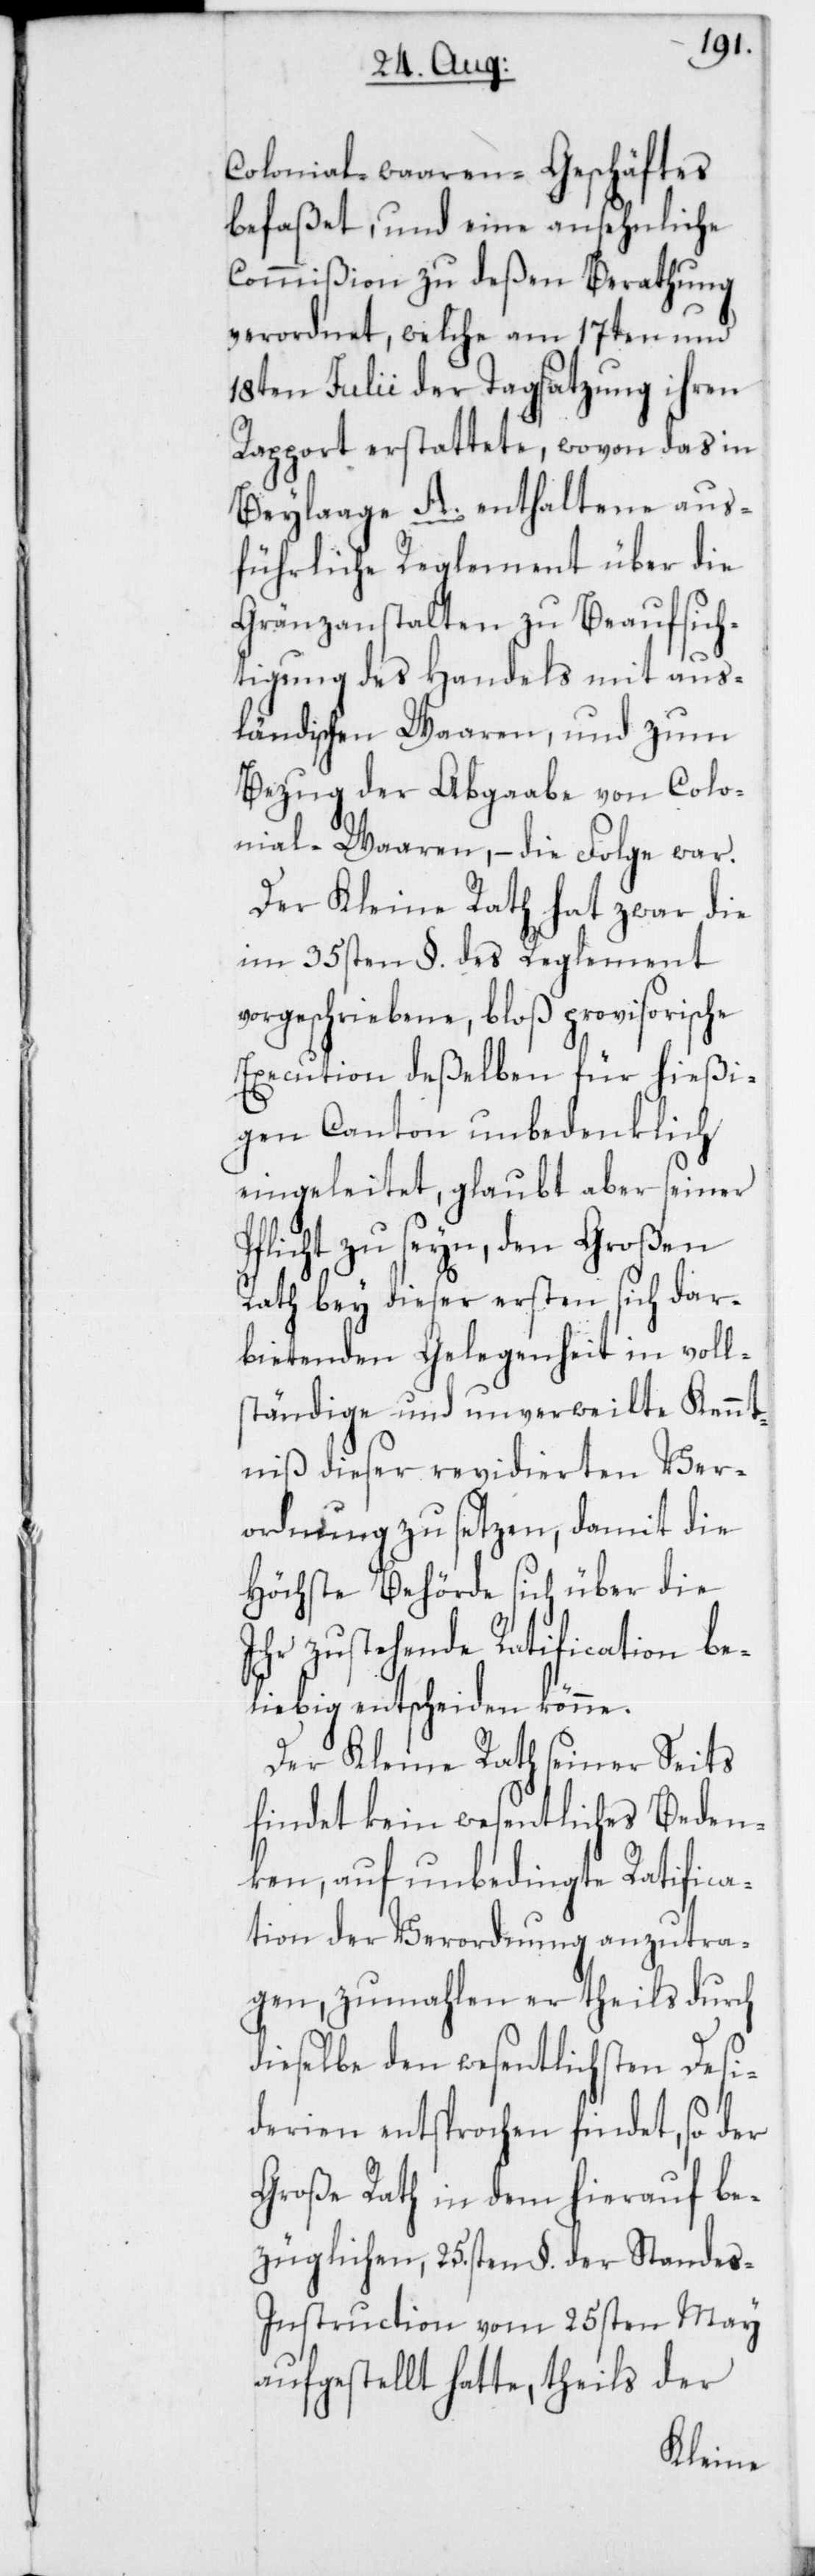
Colonial-waaren-Geschäftes
befaßt, und eine ansehnliche
Commißion zu deßen Berathung
verordnet, welche am 17ten und
18ten Julii der Tagsatzung ihren
Rapport erstattete, wovon das in
Beylage A. enthaltene aus¬
führliche Reglement über die
Gränzanstalten zu Beaufsich¬
tigung des Handels mit aus¬
ländischen Waaren, und zum
Bezug der Abgaabe von Colo¬
nial-Waaren, – die Folge war.
Der Kleine Rath hat zwar die
im 35sten §. des Reglement
vorgeschriebene, bloß provisorische
Execution deßelben für hießi¬
gen Canton unbedenklich
eingeleitet, glaubt aber seiner
Pflicht zu seyn, den Großen
Rath bey dieser ersten sich dar¬
bietenden Gelegenheit in volls¬
tändige und unverweilte Kennt¬
niß dieser revidierten Ver¬
ordnung zu setzen, damit die
Höchste Behörde sich über die
Ihr zustehende Ratification be¬
liebig entscheiden könne.
Der Kleine Rath seiner Seits
findet kein wesentliches Beden¬
ken, auf unbedingte Ratifica¬
tion der Verordnung anzutra¬
gen, zumahlen er theils durch
dieselbe den wesentlichsten Desi¬
derien entsprochen findet, so der
Große Rath in dem hierauf be¬
züglichen, 25.sten §. der Standes-I¬
nstruction vom 25sten May
aufgestellt hatte, theils der